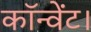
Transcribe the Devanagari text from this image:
कॉन्वेंट।